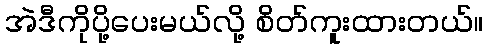
အဲဒီကိုပို့ပေးမယ်လို့ စိတ်ကူးထားတယ်။